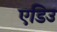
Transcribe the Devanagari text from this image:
एडिउ